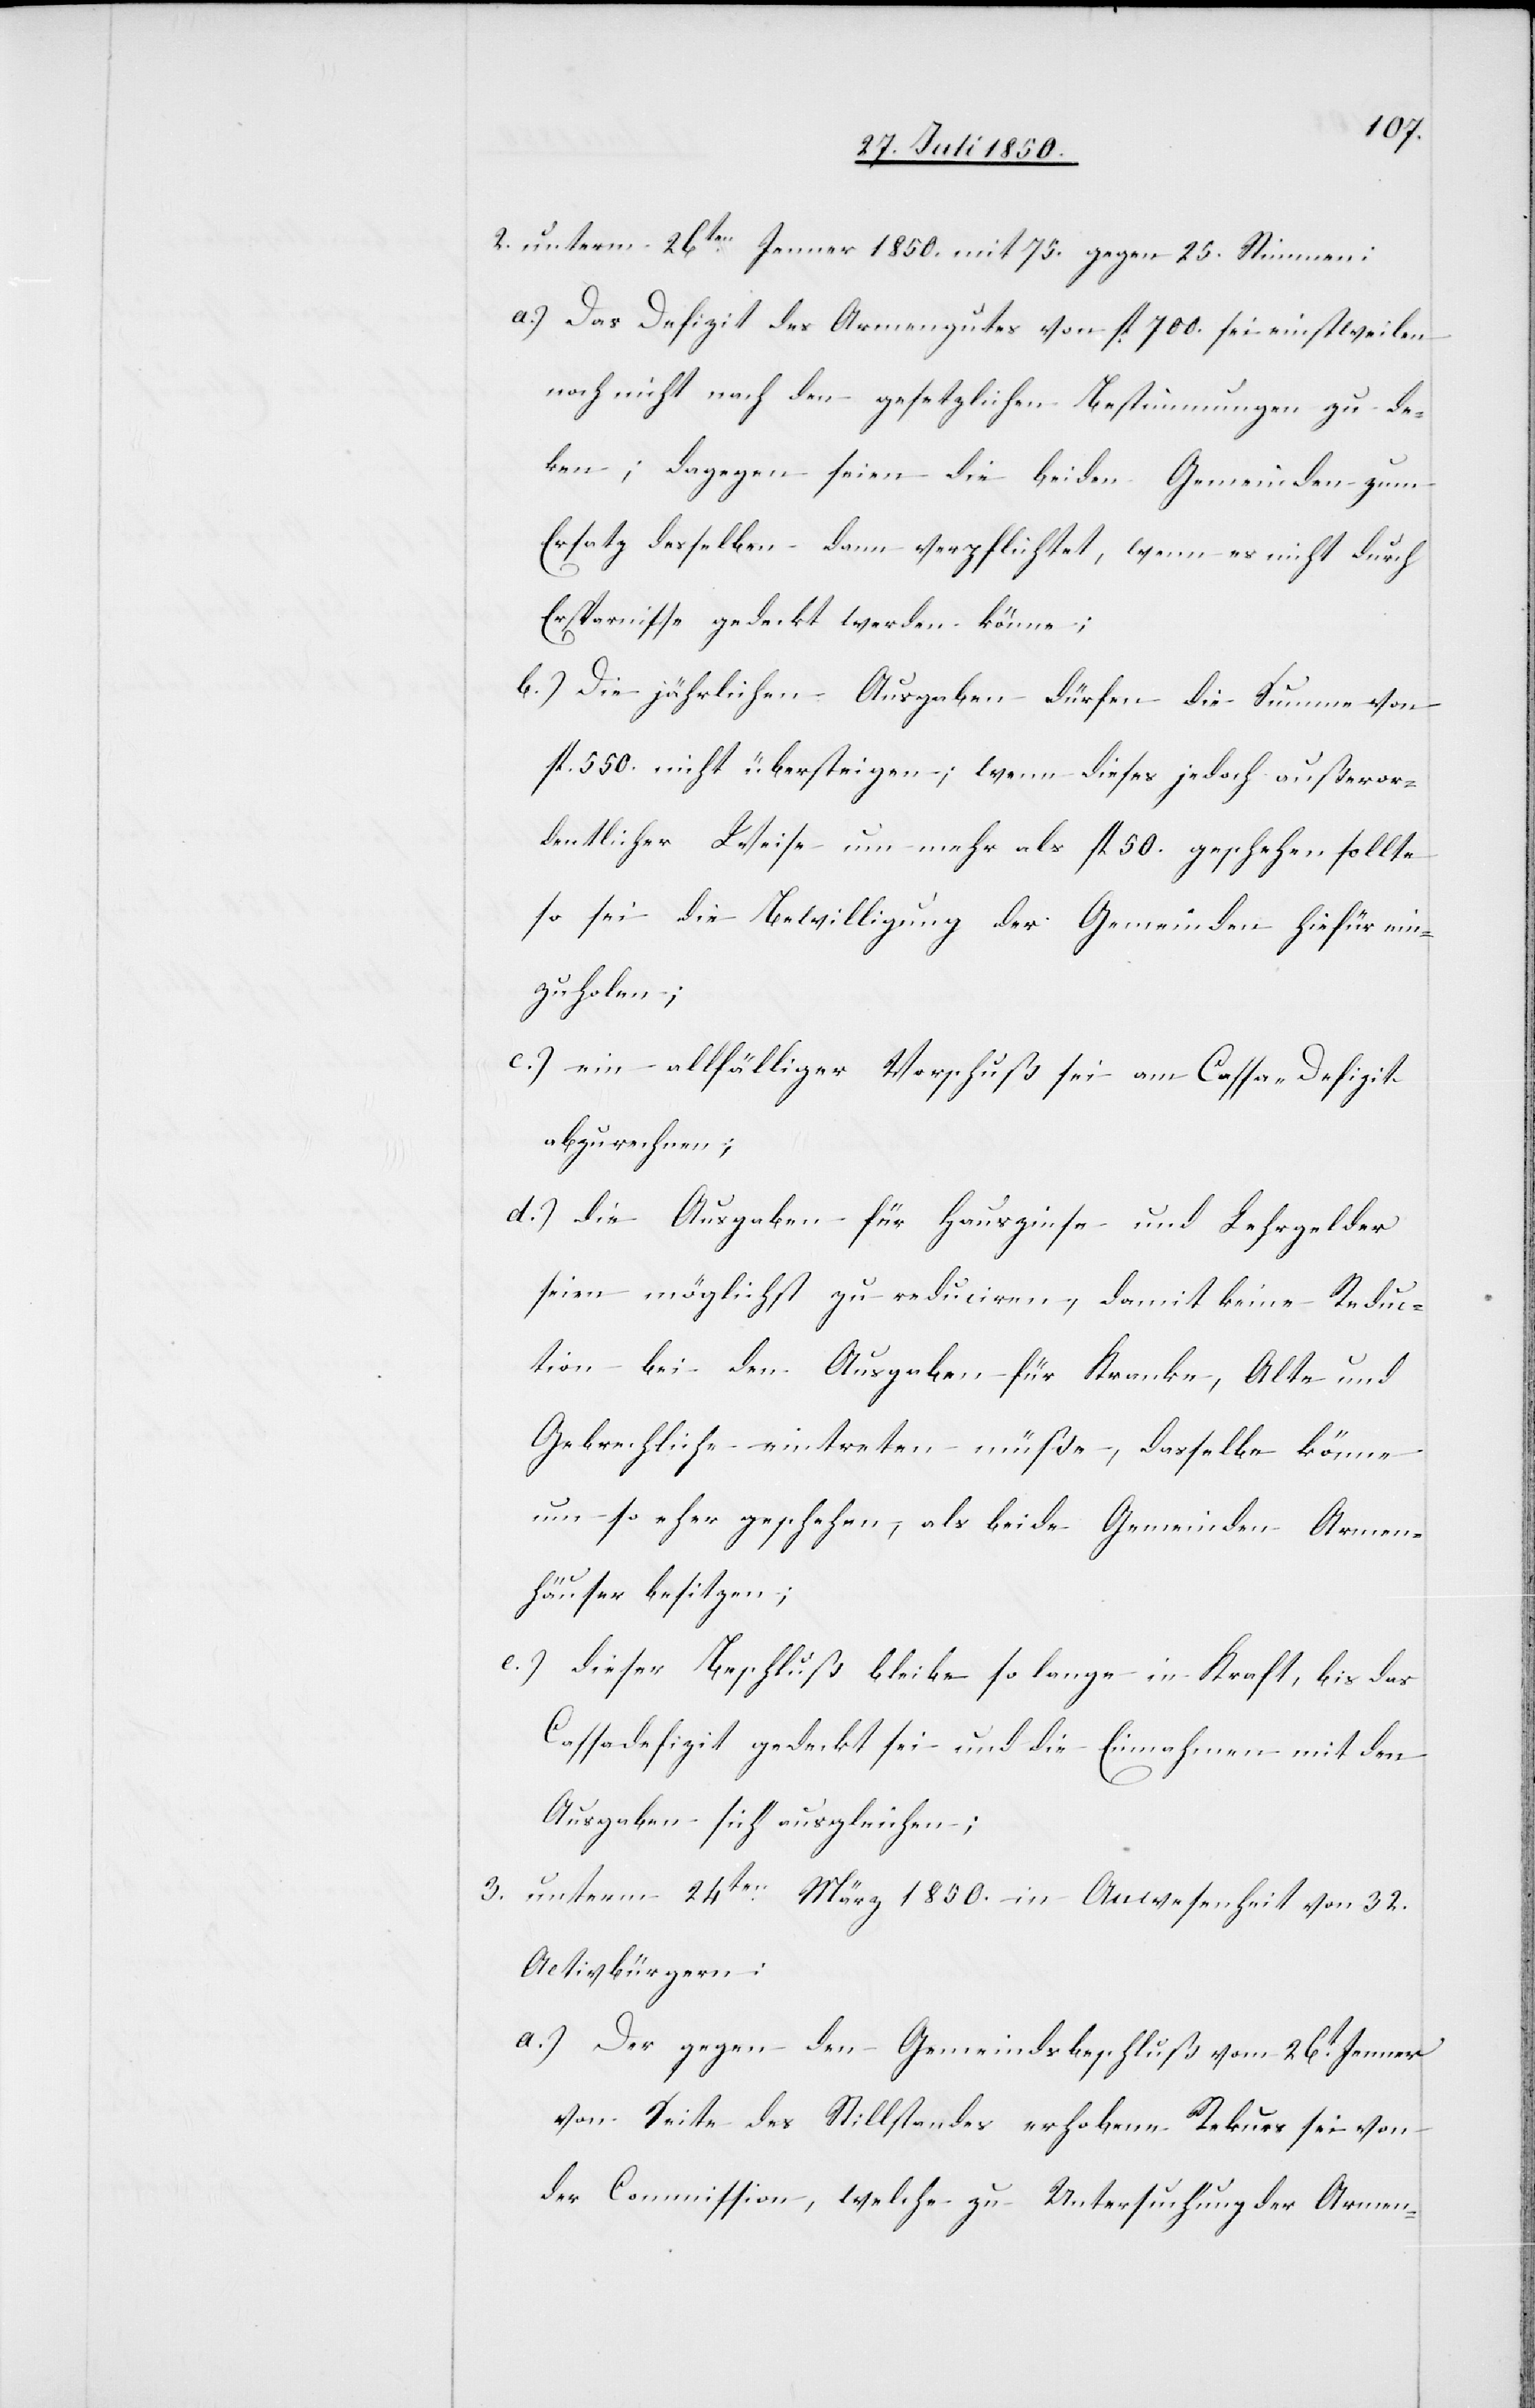
2. unterm 26ten Jenner 1850. mit 75. gegen
25. Stimmen:
a.) Das Defizit des Armengutes von fl 700. sei einstweilen
noch nicht nach den gesetzlichen Bestimmungen zu de¬
ken; dagegen seien die beiden Gemeinden zu
Ersatz desselben dann verpflichtet, wenn es nicht durch
Ersparnisse gedeckt werden könne;
b.) Die jährlichen Ausgaben dürfen die Summe von
fl. 550. nicht übersteigen; wenn dieses jedoch außeror¬
dentlicher Weise um mehr als fl 50. geschehen sollte
so sei die Bewilligung der Gemeinden hiefür ein¬
zuholen;
c.) ein allfälliger Vorschuß sei am Cassa-Defizit
abzurechnen;
d.) die Ausgaben für Hauszinse und Lehrgelder
seien möglichst zu reduciren, damit keine Reduc¬
tion bei den Ausgaben für Kranke, Alte und
Gebrechliche eintreten müße, dasselbe könne
um so eher geschehen, als beide Gemeinden Armen¬
häuser besitzen;
e.) dieser Beschluß bleibe so lange in Kraft, bis das
Cassadefizit gedeckt sei und die Einnahmen mit den
Ausgaben sich ausgleichen;
3. unterm 24ten März 1850. in Anwesenheit von 32.
Activbürgern:
a.) Der gegen den Gemeindsbeschluß vom 26t Jenner
von Seite des Stillstandes erhobene Rekurs sei von
der Commission, welche zu Untersuchung der Armen-